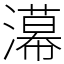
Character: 濗